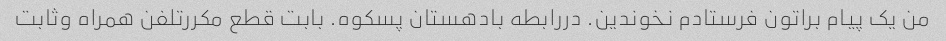
من یک پیام براتون فرستادم نخوندین. دررابطه بادهستان پسکوه. بابت قطع مکررتلفن همراه وثابت